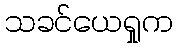
သခင်ယေရှုက